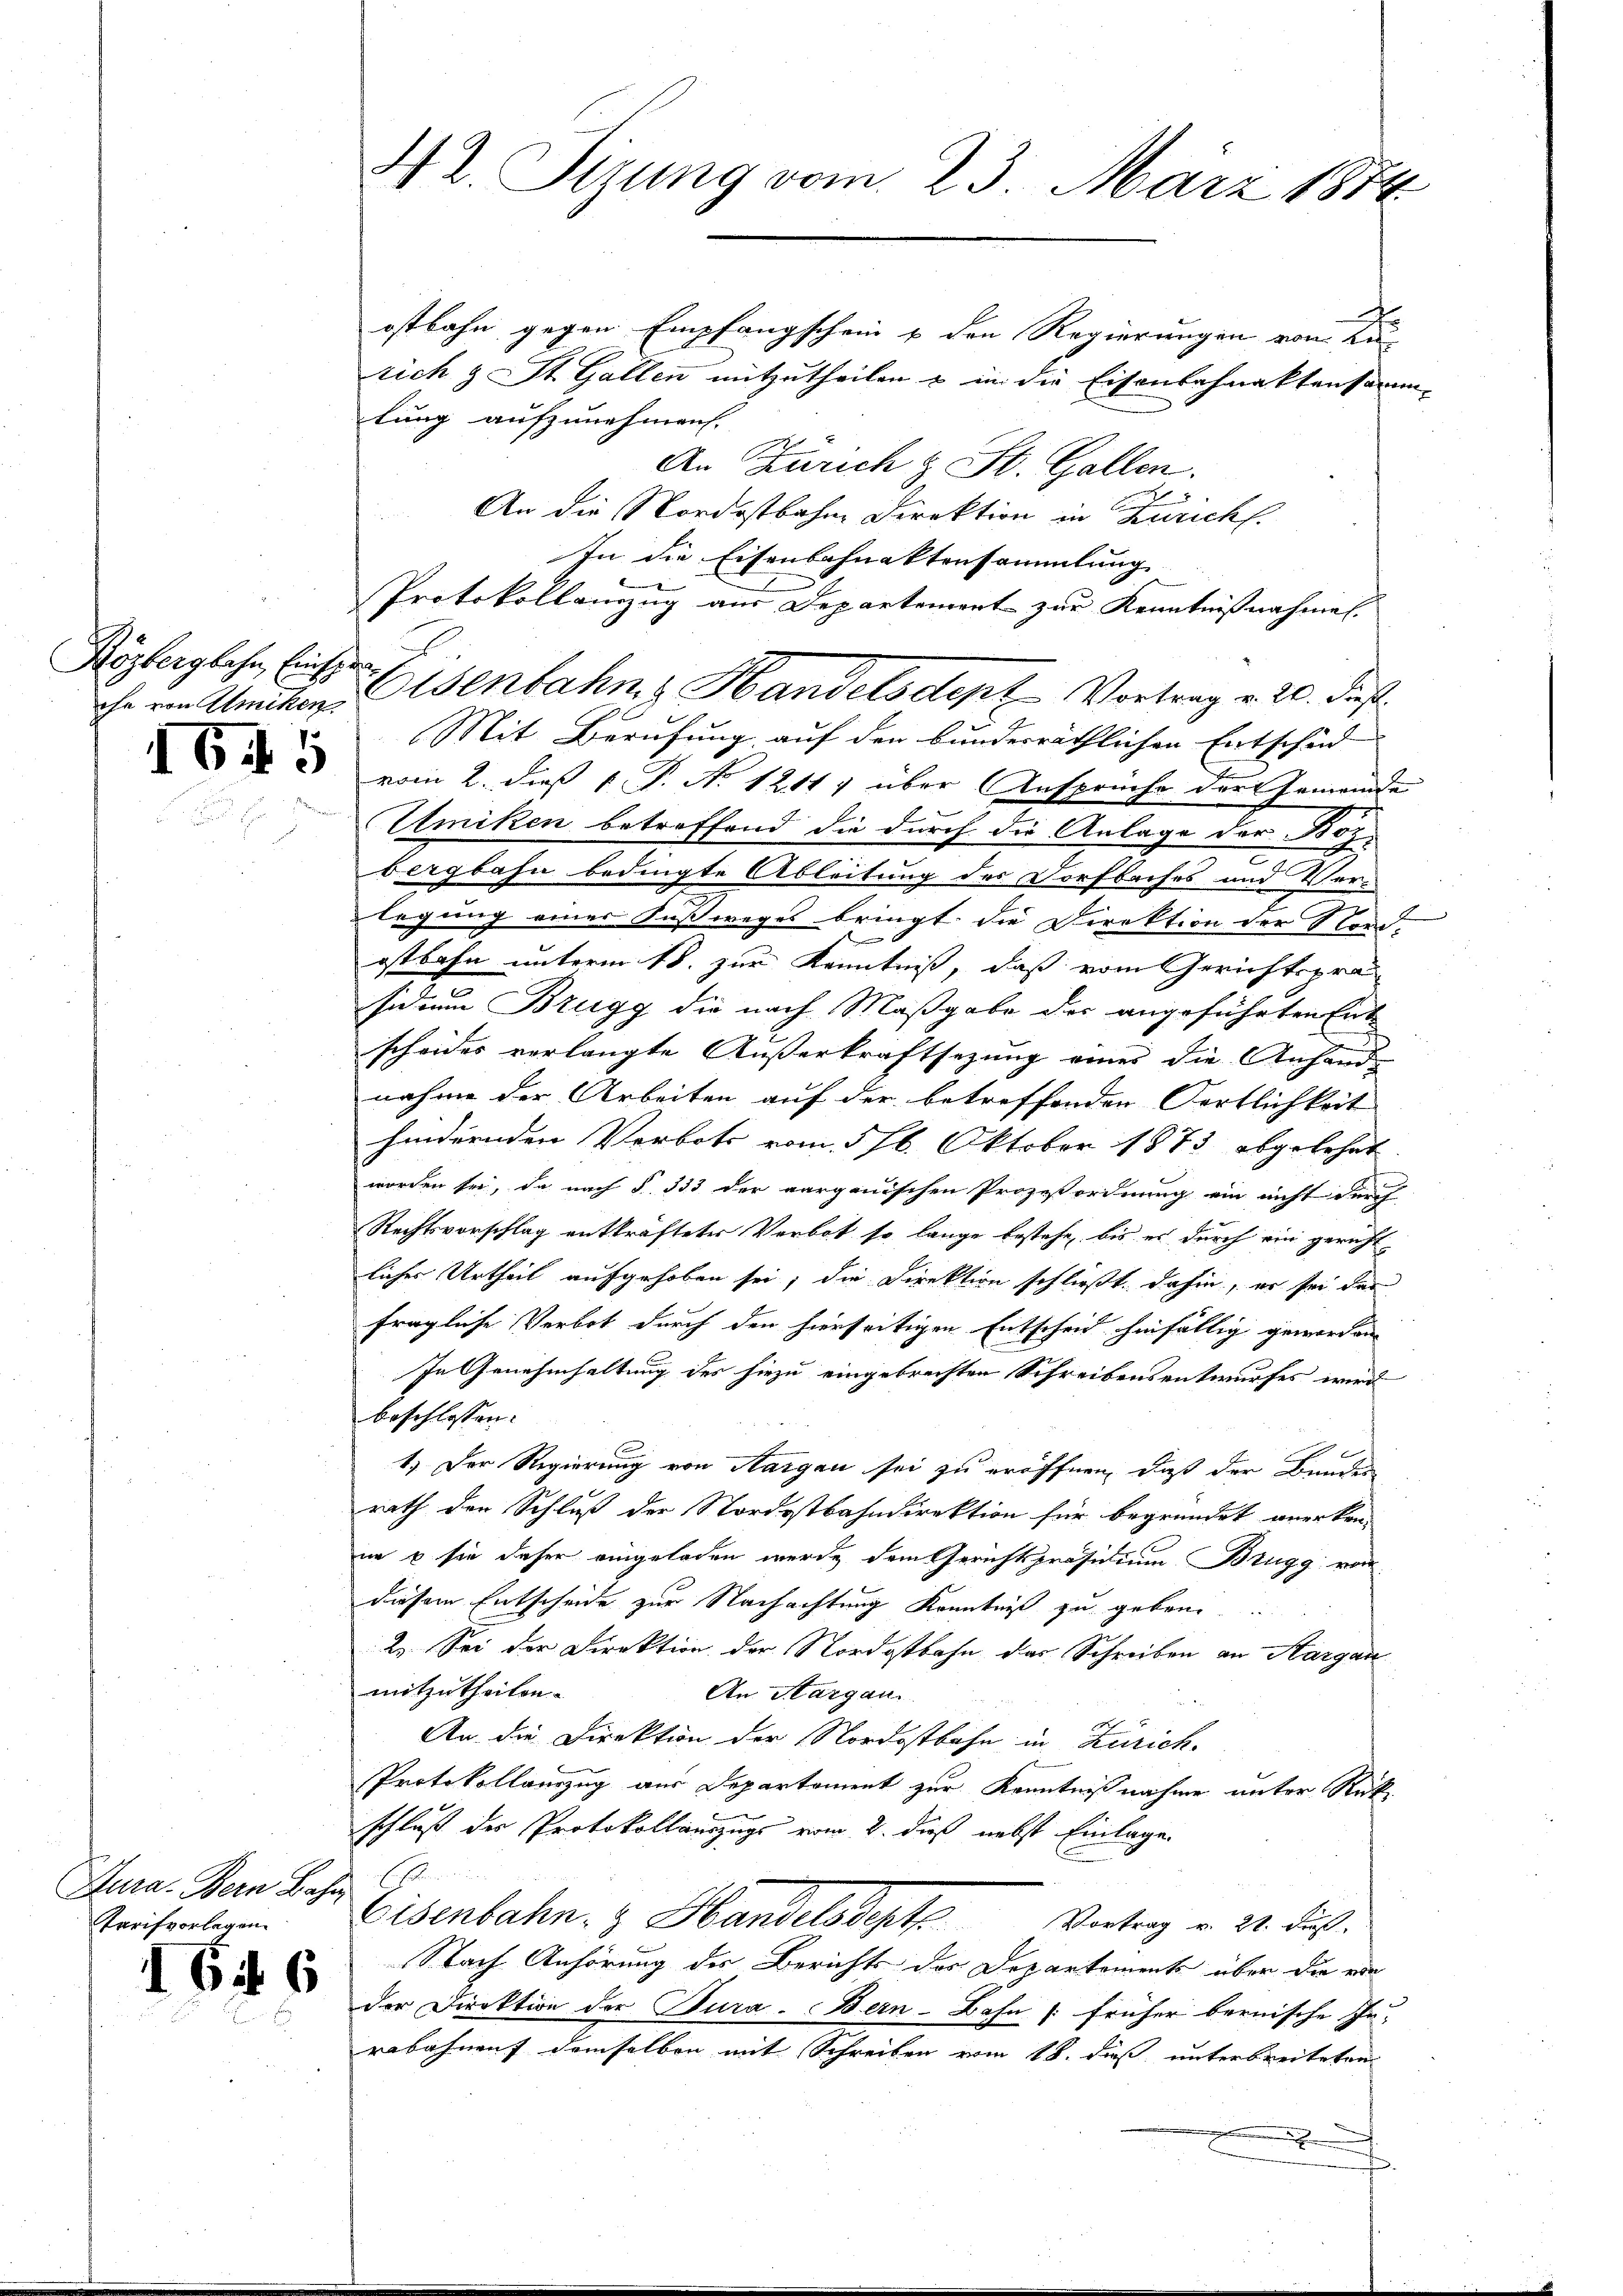
Rözbergbahn, Einser
che von Amiken

1645

Jura. Bern Bahn,
Tarifvorlegen.

646

42. Sizung vom 23. März 1874.

ostbahn gegen Empfangschein u den Regierungen von Ku
rich & St. Gallen mitzutheilen & in die Eisenbahnaktensamm-
lung aufzunehmen.
An Zürich & St. Gallen.
e
An die Nordostbahne Direktion in Zürich.
Mit Berufung auf den bundesräthlichen Entscheid
vom 2. dieß 1. P. No 12117 über Ansprüche der Gemeinde
Umiken betreffend die durch die Anlage der Bozbergbahn bedingte Ableitung des Dorfbaches und Ver-
legung einer Fußweges bringt, die Direktion der Nord-
ostbahn unterm 18. zur Kenntniß, daß vom Gerichtsprä
sidium Brugg die nach Maßgabe der angeführten Ent
scheides verlangte Außerkraftsezung eines die Anhand- |
nahme der Arbeiten auf der betreffenden Fortlichkeit
hindernden Verbote vom 576. Oktober 1873 abgelehnt
worden sei, da nach § 333 der aargauischen Prozeßordnung ein nicht durch
Rechtsvorschlag entkräfteter Verbot so lange bestehe, bis es durch ein gericht
liches Urtheil aufgehoben sei; die Direktion schließt dahin, er sei das
fragliche Verbot durch den hierseitigen Entscheid hinfällig geworden
In Genehmhaltung des hiezu eingebrechten Schreibensentwurfes wird
beschlossen:
1.) Der Regierung von Aargau sei zu eröffnen, daß der Bundes
rath den Schluß der Nordostbahndirektion für begründet anerken
ne  sie daher eingeladen wurde dem Gerichtspräsidium Brugg von
diesem Entscheide zur Nachachtung Kenntniß zu gebene
2. Sei der Direktion der Nordostbahn das Schreiben an Aargau
mitzutheilen.
An Aargau.
An die Direktion der Nordostbahn in Zürich.
Protokollauszug aus Departement zur Kenntnißnahme unter Rück
 x
c
schluß des Protokollauszugs vom 2. daß nebst Einlage

Eisenbahn. & Handelsdept Vortrag v. 24. Fuß.
Nach Anhörung des Berichts des Departements über die ein
der Direktion der Tura. Bern-Bahn (früher bernische In-
rabahnen demselben mit Schreiben vom 18. dieß unterbreiteten

In die Eisenbahnaktensammlung
Protokollanzug aus Departement zur Kenntnißnahmen.
Eisenbahn & Handelsdept Vortrag v. 20. dies